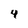
Character: 4